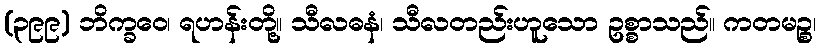
(၃၉၉) ဘိက္ခဝေ၊ ရဟန်းတို့။ သီလဓနံ၊ သီလတည်းဟူသော ဥစ္စာသည်။ ကတမဉ္စ၊